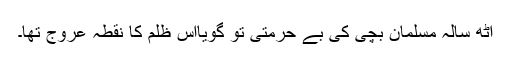
آٹھ سالہ مسلمان بچی کی بے حرمتی تو گویااس ظلم کا نقطۂ عروج تھا۔